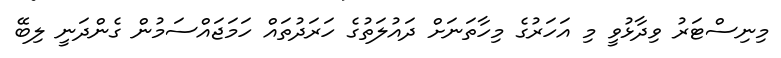
މިނިސްޓަރު ވިދާޅުވީ މި އަހަރުގެ މިހާތަނަށް ދައުލަތުގެ ހަރަދުތައް ހަމަޖައްސަމުން ގެންދަނީ ލިބޭ